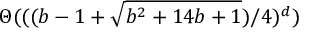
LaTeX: \Theta ( ( ( b - 1 + { \sqrt { b ^ { 2 } + 1 4 b + 1 } } ) / 4 ) ^ { d } )